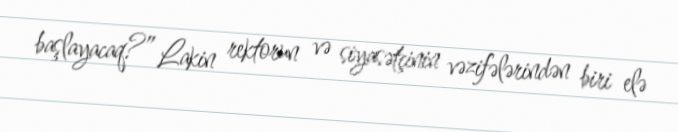
başlayacaq?” Lakin rektorun və siyasətçinin vəzifələrindən biri elə